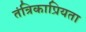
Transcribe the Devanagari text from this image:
तंत्रिकाप्रियता